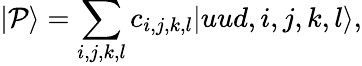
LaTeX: |\mathcal{P}\rangle=\sum_{i,j,k,l}c_{i,j,k,l}|uud,i,j,k,l\rangle,